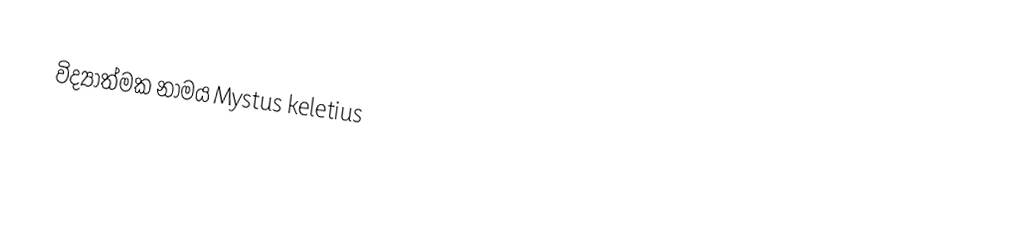
විද්‍යාත්මක නාමය Mystus keletius